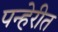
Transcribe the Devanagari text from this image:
पन्हेरीत